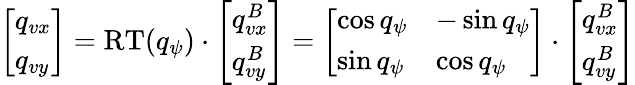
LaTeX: \left[\begin{array}{l}{q_{vx}}\\ {q_{vy}}\end{array}\right]=\mathrm{RT}(q_{\psi})\cdot\left[\begin{array}{l}{q_{vx}^{B}}\\ {q_{vy}^{B}}\end{array}\right]=\left[\begin{array}{ll}{\cos q_{\psi}}&{-\sin q_{\psi}}\\ {\sin q_{\psi}}&{\cos q_{\psi}}\end{array}\right]\cdot\left[\begin{array}{l}{q_{vx}^{B}}\\ {q_{vy}^{B}}\end{array}\right]